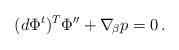
LaTeX: \begin{align*} (d\Phi^t)^T \Phi''+\nabla_{\!\beta} p=0\,.\end{align*}